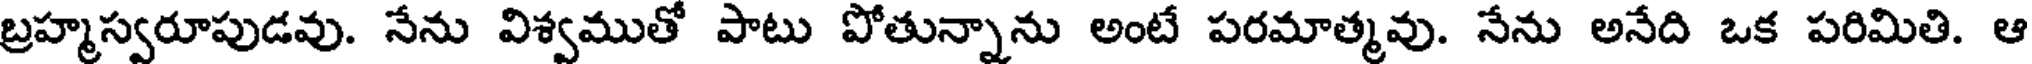
బ్రహ్మస్వరూపుడవు. నేను విశ్వముతో పాటు పోతున్నాను అంటే పరమాత్మవు. నేను అనేది ఒక పరిమితి. ఆ